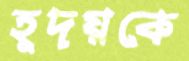
হূদয়কে